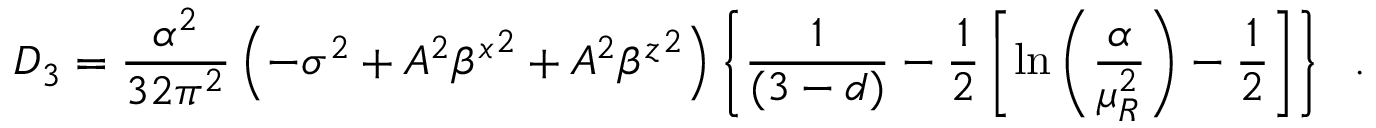
D _ { 3 } = \frac { \alpha ^ { 2 } } { 3 2 \pi ^ { 2 } } \left( - \sigma ^ { 2 } + A ^ { 2 } { \beta ^ { x } } ^ { 2 } + A ^ { 2 } { \beta ^ { z } } ^ { 2 } \right) \left\{ \frac { 1 } { ( 3 - d ) } - \frac { 1 } { 2 } \left[ \ln \left( \frac { \alpha } { \mu _ { R } ^ { 2 } } \right) - \frac { 1 } { 2 } \right] \right\} \; \; .